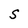
Character: S